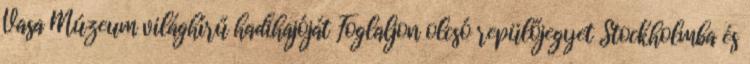
Vasa Múzeum világhírű hadihajóját Foglaljon olcsó repülőjegyet Stockholmba és